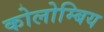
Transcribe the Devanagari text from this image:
कोलोम्बिय